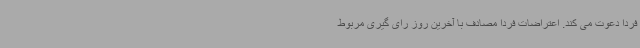
فردا دعوت می کند. اعتراضات فردا مصادف با آخرین روز رای گیری مربوط